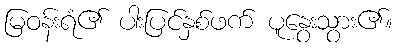
မြဝန်းရံ၏ ပါးပြင်နှစ်ဖက် ပူနွေးသွား၏။